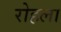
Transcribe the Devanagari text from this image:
रोहला